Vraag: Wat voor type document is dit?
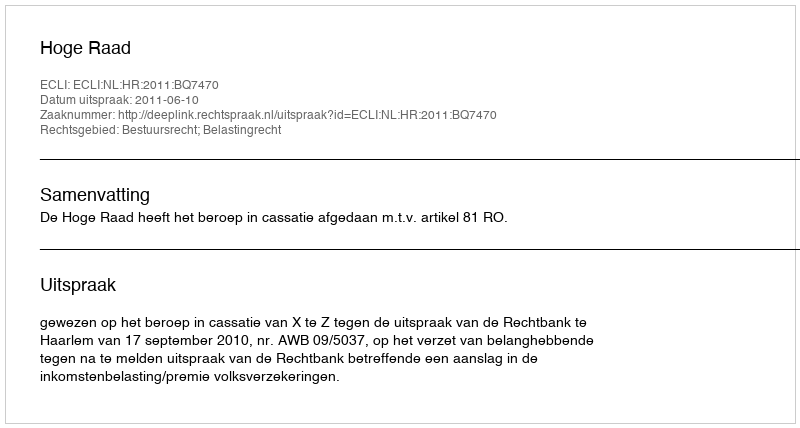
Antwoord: Uitspraak